Calcutta medical institutions reports 1871-78
Year: 1871
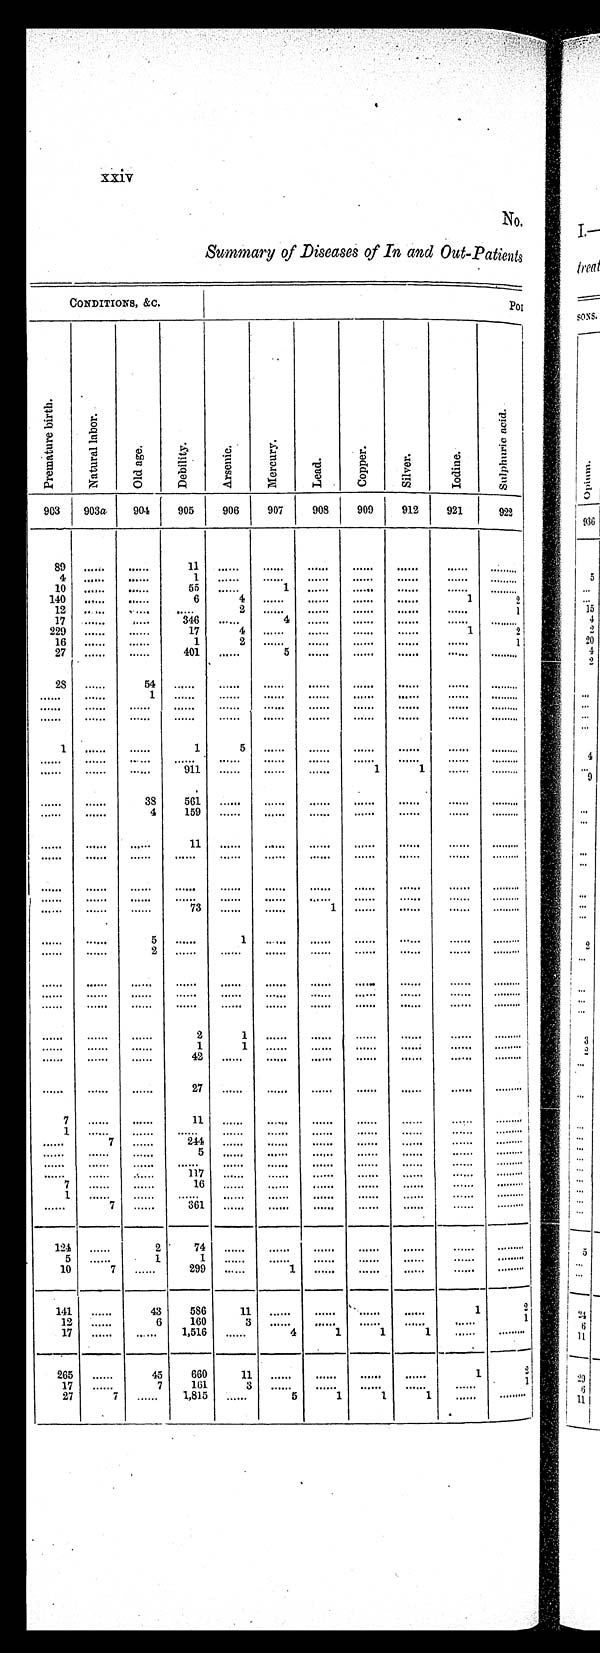
xxiv
No.
Summary of Diseases of In and Out-Patients
CONDITIONS, &C.
POI
P r e m a t u r e b i r t h .
N a t u r a l l a b o r .
Ol d a ge .
De bi l i t y.
Ar s e n i c .
Me r c u r y .
Lead.
Copper .
Si l ver .
I odi ne.
S u l p h u r i c a c i d .
903 903a
904
905
906
907
908
909
912
921
922
89
. . . . . .
. . . . . .
11
. . . . . .
. . . . . .
. . . . . .
. . . . . .
. . . . . .
. . . . . .
. . . . . .
4
. . . . . .
. . . . . .
1
. . . . . .
. . . . . .
. . . . . .
. . . . . .
. . . . . .
. . . . . .
. . . . . .
10
. . . . . .
. . . . . . 55
. . . . . .
1
. . . . . .
. . . . . .
. . . . . .
. . . . . .
. . . . . .
140
. . . . . . ......
6
4
. . . . . .
. . . . . .
. . . . . .
. . . . . .
1
2
12
. . . . . .
. . . . . .
. . . . . .
2
. . . . . .
. . . . . .
. . . . . .
. . . . . .
. . . . . .
1
17 ...... ......
346 ......
4
. . . . . .
. . . . . .
. . . . . .
. . . . . .
. . . . . .
229
. . . . . .
. . . . . . 17
4
. . . . . .
. . . . . .
. . . . . .
. . . . . .
1
2
16
. . . . . .
. . . . . .
1
2
. . . . . .
. . . . . .
. . . . . .
. . . . . .
. . . . . .
1
27
. . . . . .
. . . . . . 401
. . . . . .
5
. . . . . .
. . . . . .
. . . . . .
. . . . . .
. . . . . .
28
. . . . . .
54
. . . . . .
. . . . . .
. . . . . .
. . . . . .
. . . . . .
. . . . . .
. . . . . .
. . . . . .
. . . . . .
. . . . . .
1
. . . . . .
. . . . . .
. . . . . .
. . . . . .
. . . . . .
. . . . . .
. . . . . .
. . . . . .
. . . . . .
. . . . . .
. . . . . .
. . . . . .
. . . . . .
. . . . . .
. . . . . .
. . . . . .
. . . . . .
. . . . . .
. . . . . .
. . . . . .
. . . . . .
. . . . . .
. . . . . .
. . . . . .
. . . . . .
. . . . . .
. . . . . .
. . . . . .
. . . . . .
. . . . . .
1
. . . . . .
. . . . . .
1
5
. . . . . .
. . . . . .
. . . . . .
. . . . . .
. . . . . .
. . . . . .
. . . . . .
. . . . . .
. . . . . .
. . . . . .
. . . . . .
. . . . . .
. . . . . .
. . . . . .
. . . . . .
. . . . . .
. . . . . .
. . . . . .
. . . . . .
. . . . . . 911
. . . . . .
. . . . . .
. . . . . .
1
1
. . . . . .
. . . . . .
. . . . . .
. . . . . .
38
561
. . . . . .
. . . . . .
. . . . . .
. . . . . .
. . . . . .
. . . . . .
. . . . . .
. . . . . .
. . . . . .
4
159
. . . . . .
. . . . . .
. . . . . .
. . . . . .
. . . . . .
. . . . . .
. . . . . .
. . . . . .
. . . . . .
. . . . . .
11
. . . . . .
. . . . . .
. . . . . .
. . . . . .
. . . . . .
. . . . . .
. . . . . .
. . . . . .
. . . . . .
. . . . . .
. . . . . .
. . . . . .
. . . . . .
. . . . . .
. . . . . . .
. . . . . .
. . . . . .
. . . . . .
. . . . . . .
. . . . . .
. . . . . .
. . . . . .
. . . . . .
. . . . . .
. . . . . .
. . . . . .
. . . . . .
. . . . . .
. . . . . .
. . . . . .
. . . . . .
. . . . . .
. . . . . .
. . . . . .
. . . . . .
. . . . . .
. . . . . .
. . . . . .
. . . . . .
. . . . . .
. . . . . .
. . . . . .
. . . . . .
73
. . . . . .
. . . . . .
1
. . . . . .
. . . . . .
. . . . . .
. . . . . .
. . . . . .
. . . . . .
5
. . . . . .
1
. . . . . .
. . . . . .
. . . . . .
. . . . . .
. . . . . .
......
. . . . . .
. . . . . .
2
. . . . . .
. . . . . .
. . . . . .
. . . . . .
. . . . . .
. . . . . .
. . . . . .
. . . . . .
. . . . . .
. . . . . .
. . . . . .
. . . . . .
. . . . . .
. . . . . .
. . . . . .
. . . . . .
. . . . . .
. . . . . .
. . . . . .
. . . . . .
. . . . . .
. . . . . .
. . . . . .
. . . . . .
. . . . . .
. . . . . .
. . . . . .
. . . . . .
. . . . . .
. . . . . .
. . . . . .
. . . . . .
. . . . . .
. . . . . .
. . . . . .
. . . . . .
. . . . . .
. . . . . .
. . . . . .
. . . . . .
. . . . . .
. . . . . .
. . . . . .
. . . . . .
2
1
. . . . . .
. . . . . .
. . . . . .
. . . . . .
. . . . . .
. . . . . .
. . . . . .
. . . . . .
. . . . . .
1
1
. . . . . .
. . . . . .
. . . . . .
. . . . . .
. . . . . .
. . . . . .
. . . . . .
. . . . . .
. . . . . .
42
. . . . . .
. . . . . .
. . . . . .
. . . . . .
. . . . . .
. . . . . .
. . . . . .
. . . . . .
. . . . . .
. . . . . .
27
. . . . . .
. . . . . .
. . . . . .
. . . . . .
. . . . . .
. . . . . .
. . . . . .
7 ...... ......
11
. . . . . .
. . . . . .
. . . . . .
. . . . . .
. . . . . .
. . . . . .
. . . . . .
1
. . . . . .
. . . . . .
. . . . . .
. . . . . .
. . . . . .
. . . . . .
. . . . . .
. . . . . .
. . . . . .
. . . . . .
. . . . . .
7
. . . . . . 244
. . . . . .
. . . . . .
. . . . . .
. . . . . .
. . . . . .
. . . . . .
. . . . . .
. . . . . .
. . . . . .
. . . . . .
5
. . . . . .
. . . . . .
. . . . . .
. . . . . .
. . . . . .
. . . . . .
. . . . . .
. . . . . .
. . . . . .
. . . . . .
. . . . . .
. . . . . .
. . . . . .
. . . . . .
. . . . . .
. . . . . .
. . . . . .
. . . . . .
. . . . . .
. . . . . . . . . . . .
117
. . . . . .
. . . . . .
. . . . . .
. . . . . .
. . . . . .
. . . . . .
. . . . . .
7
. . . . . .
. . . . . .
16
. . . . . .
. . . . . .
. . . . . .
. . . . . .
. . . . . .
. . . . . .
. . . . . .
1
. . . . . .
. . . . . .
. . . . . .
. . . . . .
. . . . . .
. . . . . .
. . . . . .
. . . . . .
. . . . . .
. . . . . .
. . . . . .
7
. . . . . .
3 6 1
. . . . . .
. . . . . .
. . . . . .
. . . . . .
. . . . . .
. . . . . .
. . . . . .
124 ......
2
7 4
. . . . . .
. . . . . .
. . . . . .
. . . . . .
. . . . . .
. . . . . .
. . . . . .
5 ......
1
1
. . . . . .
. . . . . .
. . . . . .
. . . . . .
. . . . . . ......
. . . . . .
10
7 ......
299 ......
1
. . . . . .
. . . . . .
. . . . . .
. . . . . .
. . . . . .
141 ......
43
586
11
. . . . . .
. . . . . . . . . . . .
. . . . . .
1
2
12 ......
6
1
60
3
. . . . . .
. . . . . .
. . . . . .
. . . . . .
. . . . . .
1
17 ......
. . . . . . 1,516 ......
4
1
1
1
. . . . . .
......
265 ......
45
660
1 1
. . . . . .
. . . . . .
. . . . . .
. . . . . .
1
2
17 ......
7
161
3
. . . . . .
. . . . . .
. . . . . .
. . . . . .
. . . . . .
1
27
7
. . . . . . 1,815
. . . . . .
5
1
1
1
. . . . . .
. . . . . .